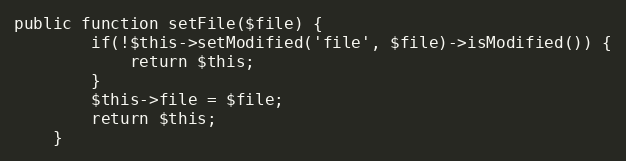
Language: PHP
public function setFile($file) {
        if(!$this->setModified('file', $file)->isModified()) {
            return $this;
        }
		$this->file = $file;
		return $this;
    }